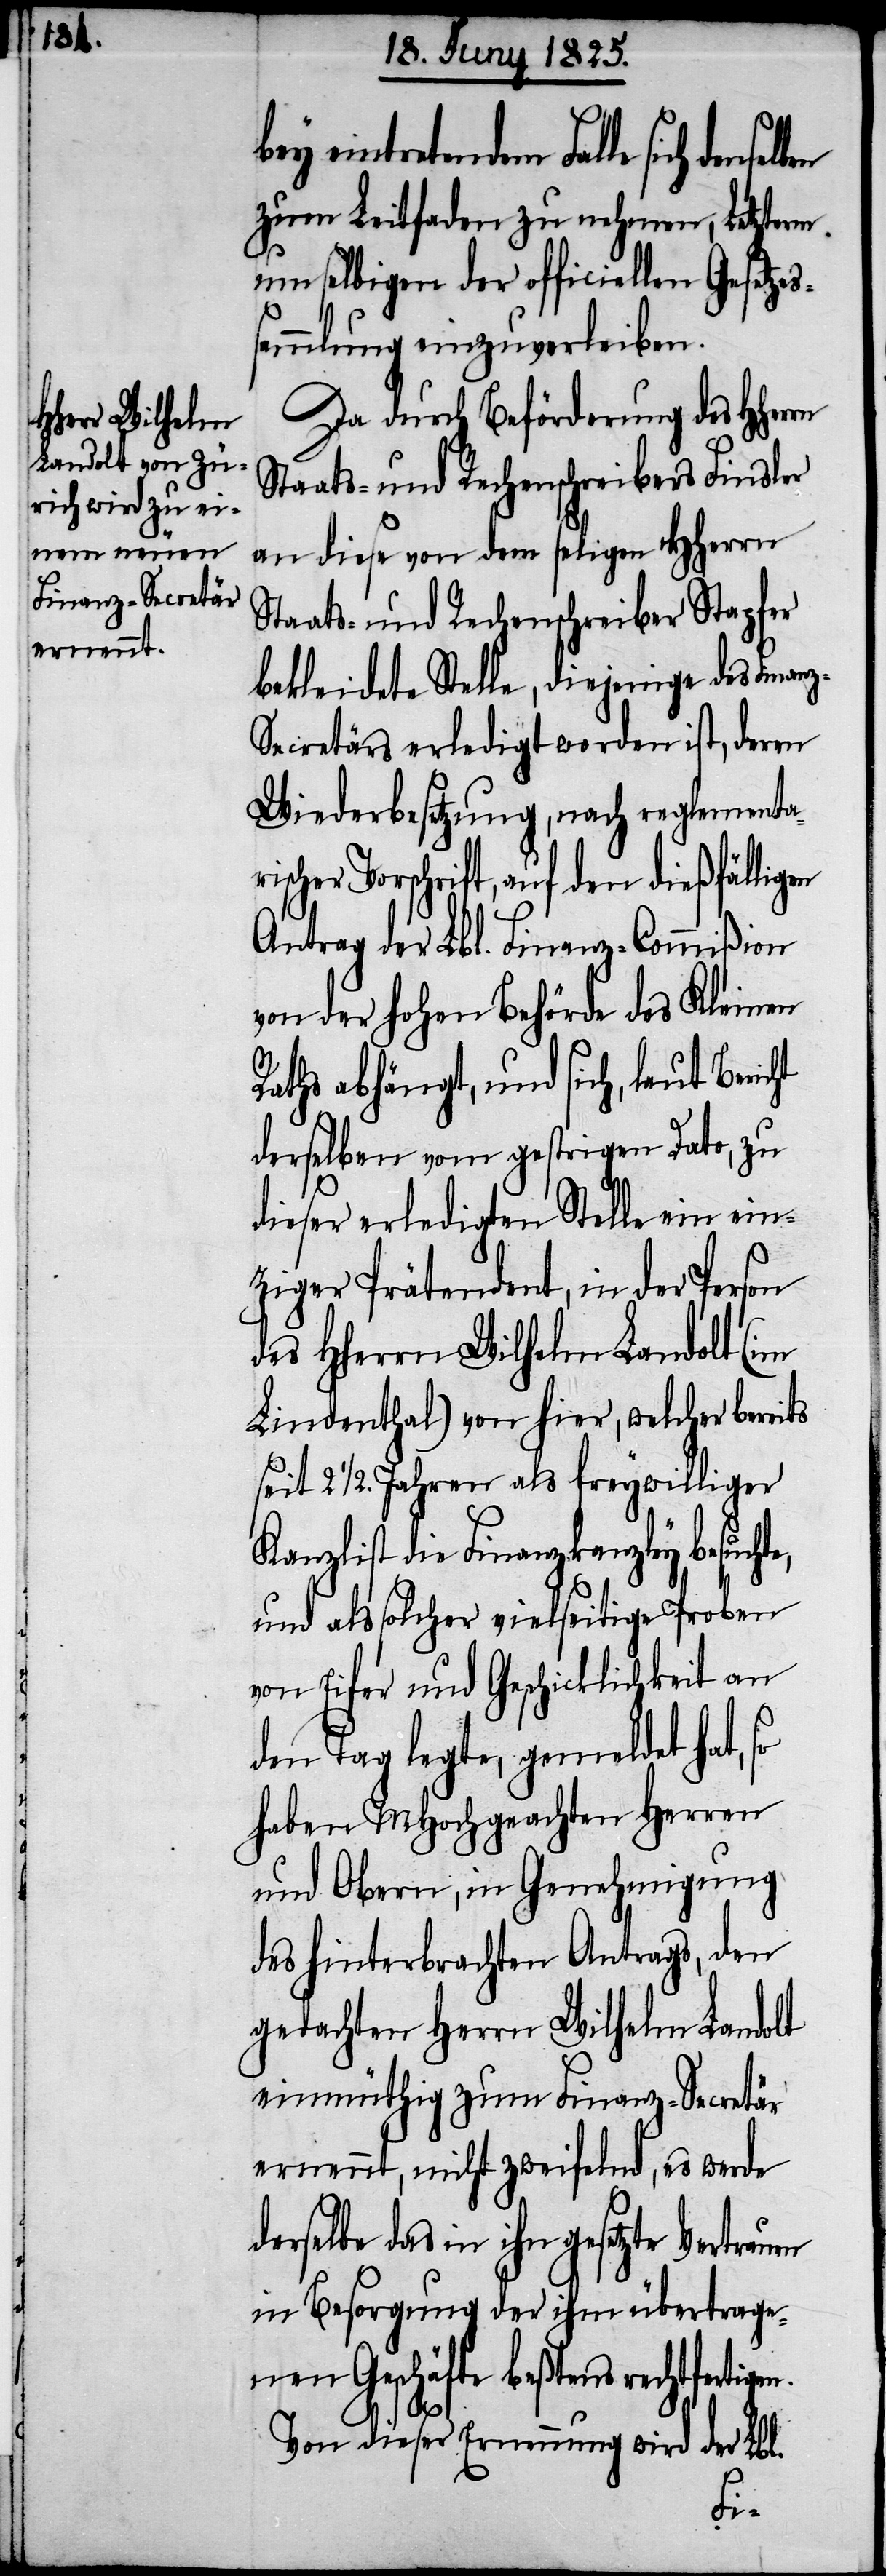
eintretendem Falle sich densel¬
zum Leitfaden zu nehmen, Letzterm
um selbigen der officiellen Gesetze¬
e,
sammlung einzuverleiben.
Da durch Beförderung des HHerrn
Staats- und Rechenschreibers Finsler
an diese von dem sel[igen] HHerrn
Staats- und Rechenschreiber Stapfer
bekleidete Stelle, diejenige des Finan¬
z-Secretärs erledigt worden ist, deren
Wiederbesetzung, nach reglementar¬
ischer Vorschrift, auf den dießfälligen
Antrag der Lbl. Finanz-Commißion
von der hohen Behörde des Kleinen
Raths abhängt, und sich, laut Bericht
derselben, vom gestrigen Dato, zu
dieser erledigten Stelle ein ein¬
ziger Prätendent, in der Person
des HHerrn Wilhelm Landolt (im
Lindenthal) von hier, welcher bereits
seit 2 1/2. Jahren als freywilliger
Kanzlist die Finanzkanzley besucht¬
und als solcher vielseitige Proben
von Eifer und Geschicklichkeit an
den Tag legte, gemeldet hat, so
haben MHochgeachten Herren
und Obern, und Genehmigung
des hinterbrachten Antrags, den
gedachten Herrn Wilhelm Landolt
einmüthig zum Finanz-Secretär
ernennt, nicht zweifelnd, es werde
derselbe das in ihn gesetzte
in Besorgung der ihm übertrage¬
nen Geschäfte bestens rechtferti¬
Von dieser Ernennung wird der Lbl.
gen.